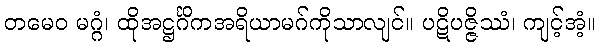
တမေဝ မဂ္ဂံ၊ ထိုအဋ္ဌင်္ဂိကအရိယာမဂ်ကိုသာလျင်။ ပဋိပဇ္ဇိဿံ၊ ကျင့်အံ့။